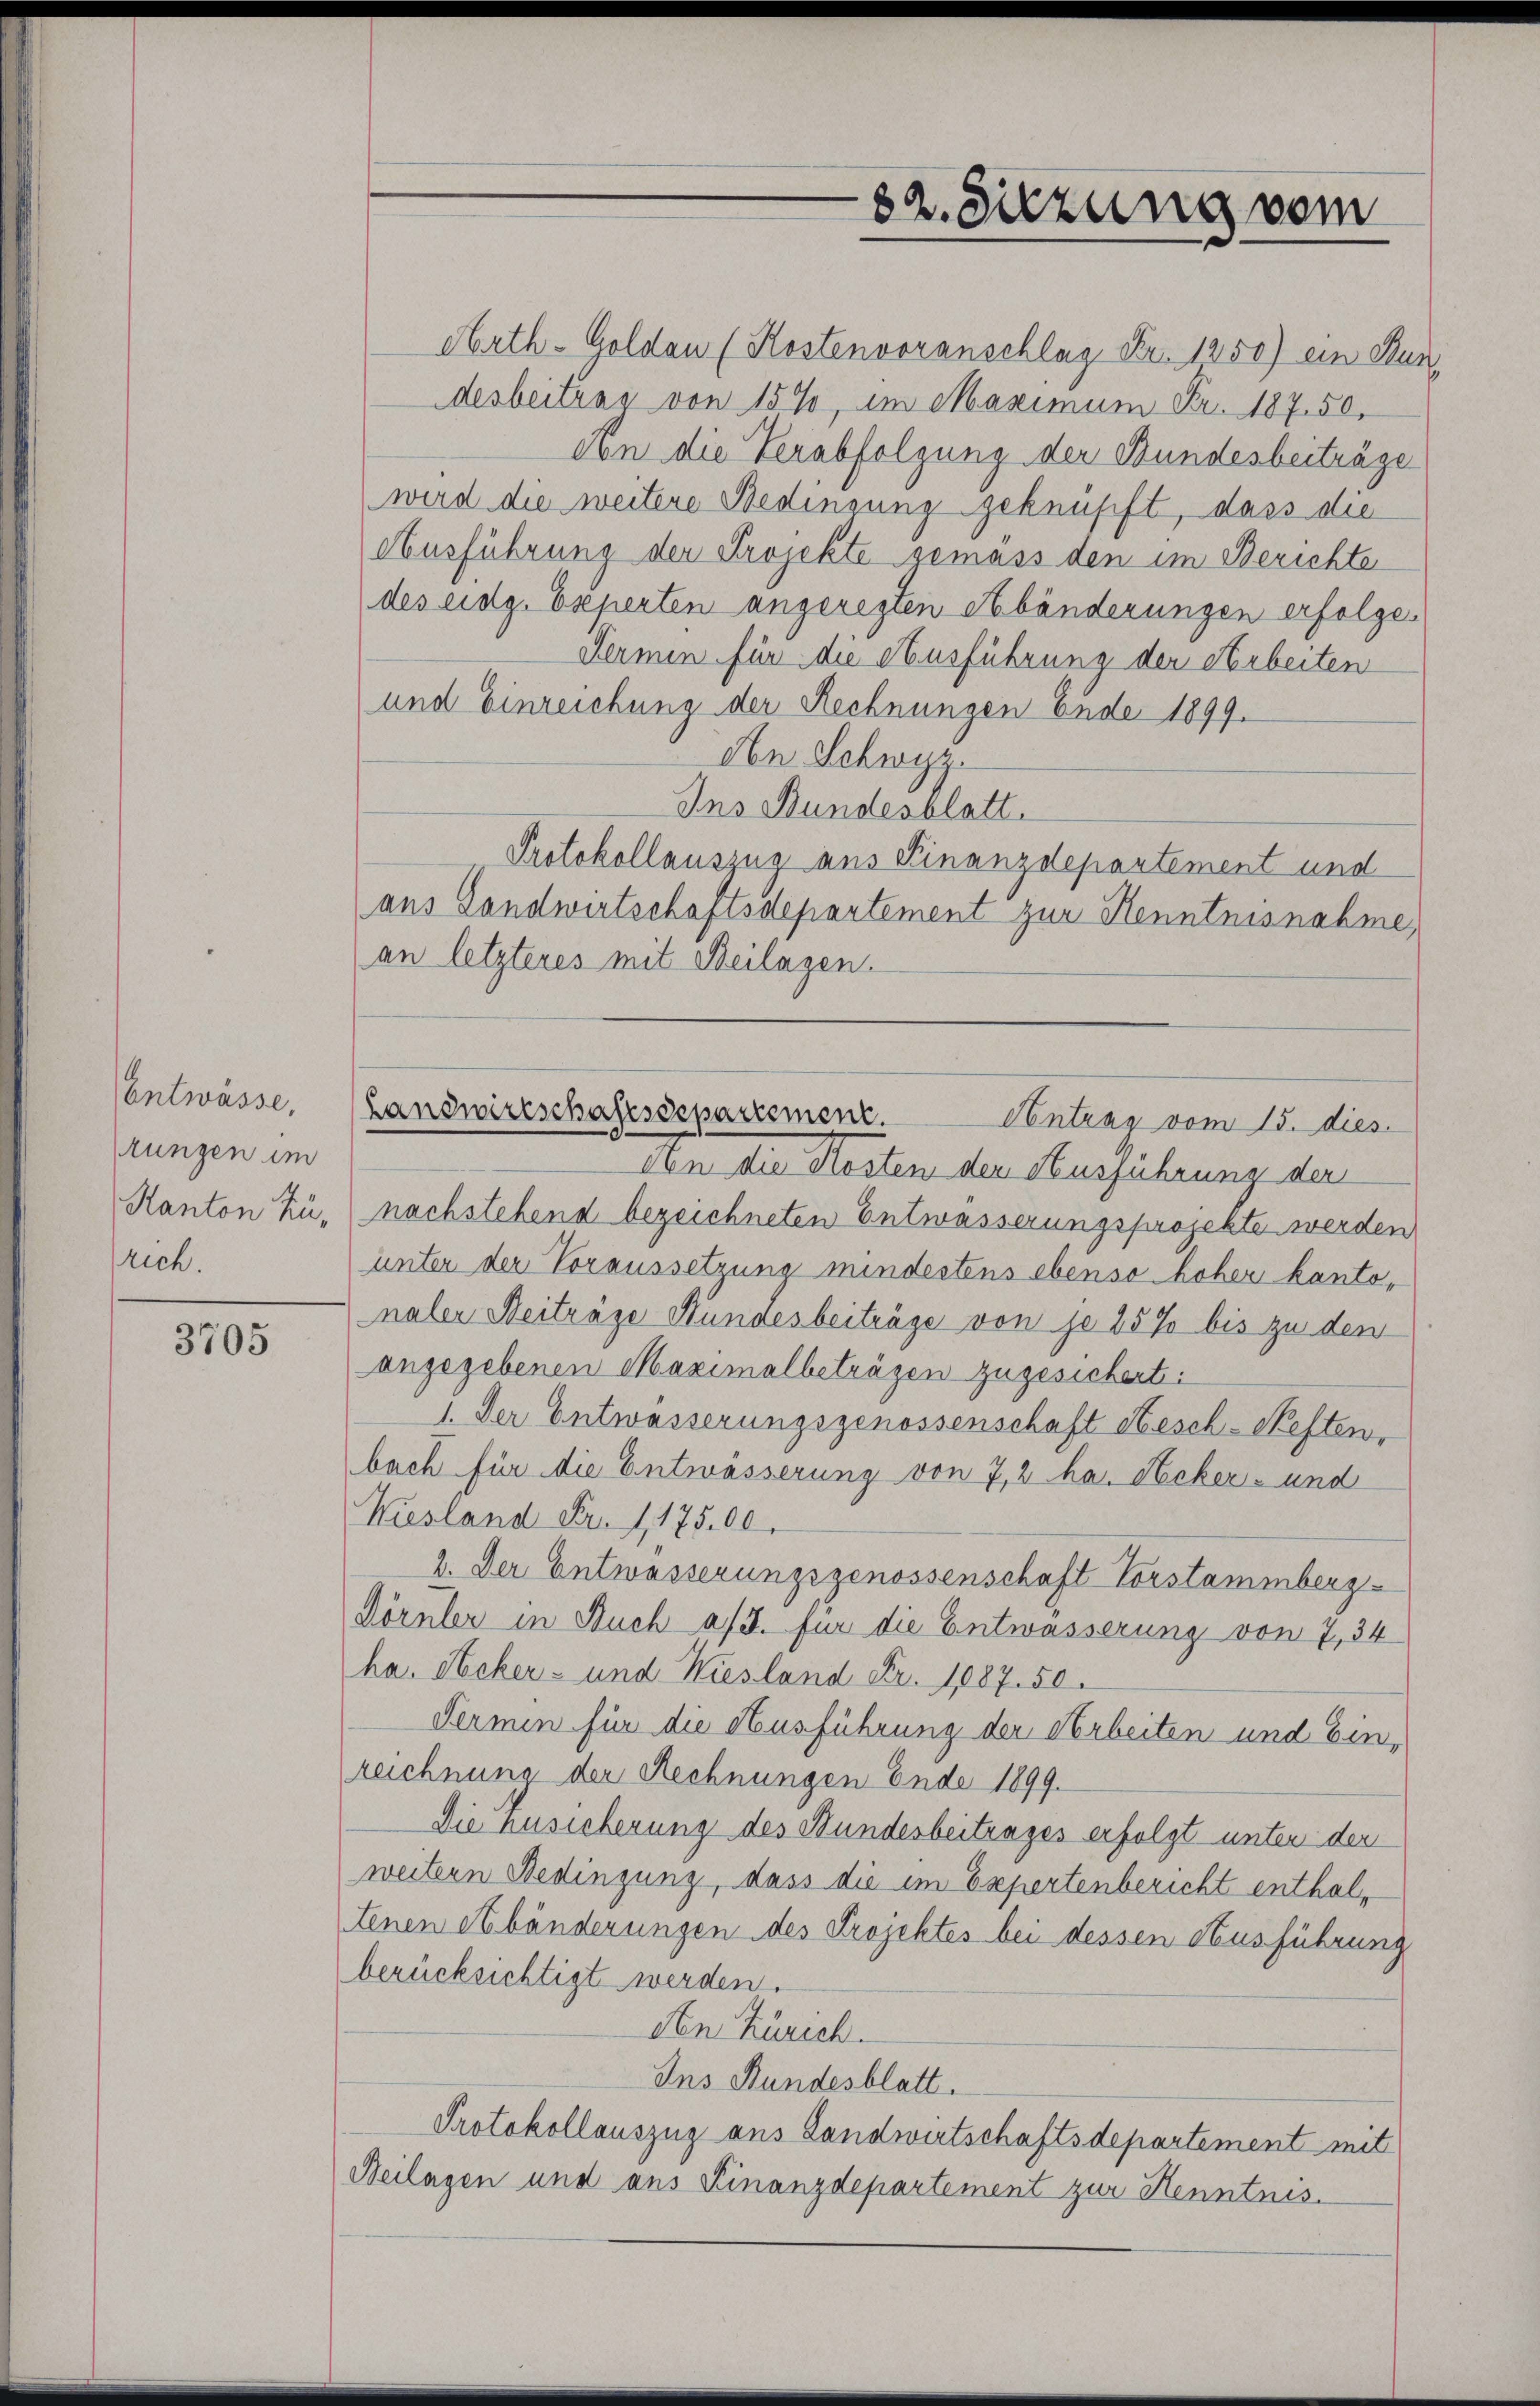
Entwässe,
rungen im
Kanton Zürich.

3705

Arth. Goldau (Kostenvoranschlag Fr. 1250) ein Bun
desbeitrag von 15%, im Maximum Fr. 187. 50.
An die Verabfolgung der Bundesbeiträge
wird die weitere Bedingung geknüpft, dass die
Ausführung der Projekte gemäss den im Berichte
des eidg. Experten angeregten Abänderungen erfolge.
Fermin für die Ausführung der Arbeiten
und Einreichung der Rechnungen Ende 1899.
An Schwyz.
Ins Bundesblatt.
Protokollauszug aus Finanzdepartement und
aus Landwirtschaftsdepartement zur Henntnisnahme
an letzteres mit Beilagen.

An die Kosten der Ausführung der
nachstehend bezeichneten Entwässerungsprojekte werden
unter der Voraussetzung mindertens ebenso hoher kantonaler Beiträge Stundesbeiträge von je 15% bis zu den
angegebenen Maximalbeträgen zugesichert:
1. Der Entwässerungsgenossenschaft Besch-Neften,
bach für die Entwässerung von 7,2 ha. Neker- und
Kiesland Fr. 1, 175.00
2. Der Entwässerungsgenossenschaft Vorstammberg.
Dörnler in Buch a/3. für die Entwässerung von 7, 34
ha. Nocker- und Kiesland Fr. 1087. 50.
Fermin für die Ausführung der Arbeiten und Einzeichnung der Rechnungen Ende 1899.
Die Zusicherung des Bundesbeitrages erfolgt unter den
weitern Bedingung, dass die im Expertenbericht enthaltenen etbänderungen des Projektes bei dessen Ausführung
berücksichtigt werden.
Aen Zürich.
Ins Bundesblatt.
Protokollauszug aus Landwirtschaftsdepartement mit
Beilagen und aus Finanzdepartement zur Henntnis¬

82. Sitzung vom

Landwirtschaftsdepartement.
Antrag vom 15. dies